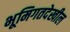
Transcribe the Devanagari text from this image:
भूमिगतदेखील